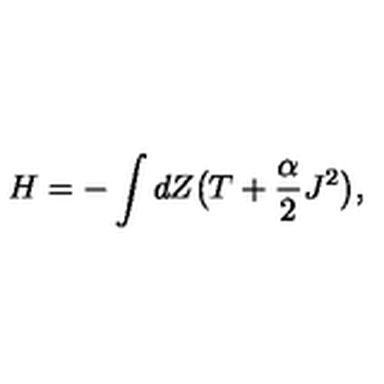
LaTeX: H = - \int d Z \bigl ( T + \frac { \alpha } { 2 } J ^ { 2 } \bigr ) ,